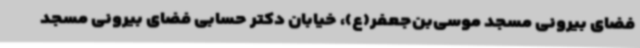
فضای بیرونی مسجد موسی‌بن‌جعفر(ع)، خیابان دکتر حسابی فضای بیرونی مسجد